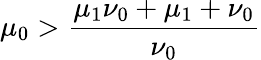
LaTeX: \mu_{0}>\frac{\mu_{1}\nu_{0}+\mu_{1}+\nu_{0}}{\nu_{0}}